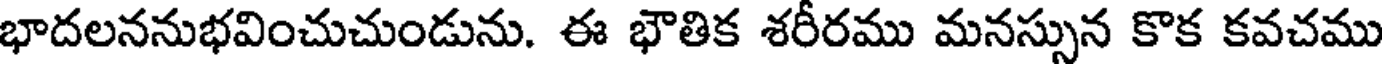
భాదలననుభవించుచుండును. ఈ భౌతిక శరీరము మనస్సున కొక కవచము